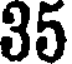
35